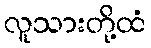
လူသားတို့ထံ